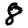
Digit: 8